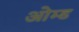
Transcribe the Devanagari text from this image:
ओम्ड